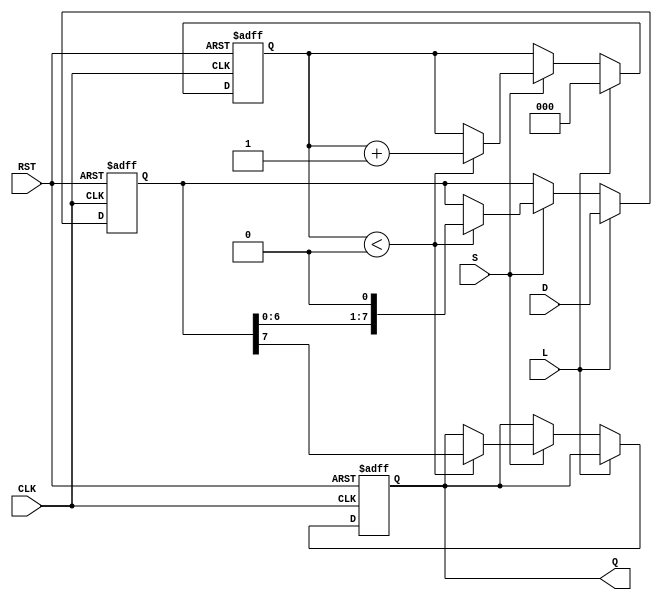
module piso_register (
    input  wire [7:0] D,     // 8-bit data input
    input  wire L,           // Load control signal
    input  wire S,           // Shift control signal
    input  wire CLK,         // Clock signal
    input  wire RST,         // Asynchronous reset
    output reg  Q            // Serial output
);

    reg [7:0] register;      // Internal 8-bit register
    reg [2:0] count;         // Counter for shifting bits, 3 bits can count up to 8
    
    // Asynchronous reset and loading logic
    always @(posedge CLK or posedge RST) begin
        if (RST) begin
            register <= 8'b0; // Clear register when reset is high
            count <= 3'b0;    // Reset count
            Q <= 1'b0;        // Reset serial output
        end else if (L) begin
            register <= D;    // Load data into register
            count <= 3'b0;    // Reset count on load
        end else if (S) begin
            if (count < 3'd8) begin
                Q <= register[7]; // Output the MSB
                register <= {register[6:0], 1'b0}; // Shift left and fill LSB with 0
                count <= count + 1; // Increment count
            end
        end
    end

endmodule